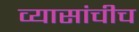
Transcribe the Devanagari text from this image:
व्यासांचीच